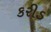
કરીડ